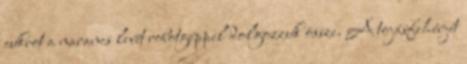
cukrot a narancs levét robotgéppel dolgozzuk össze. A tojásfehérjét